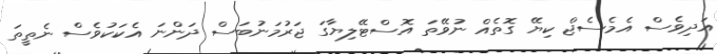
އަދިވެސް އެމެސެޖް ކިޔޭ ގޮތެއް ނުވޭތަ އޮސްޓޭލިޔާގަ ޖަރުމަނުބަސް ދަންނަ އެކަކުވެސް ނެތީތަ